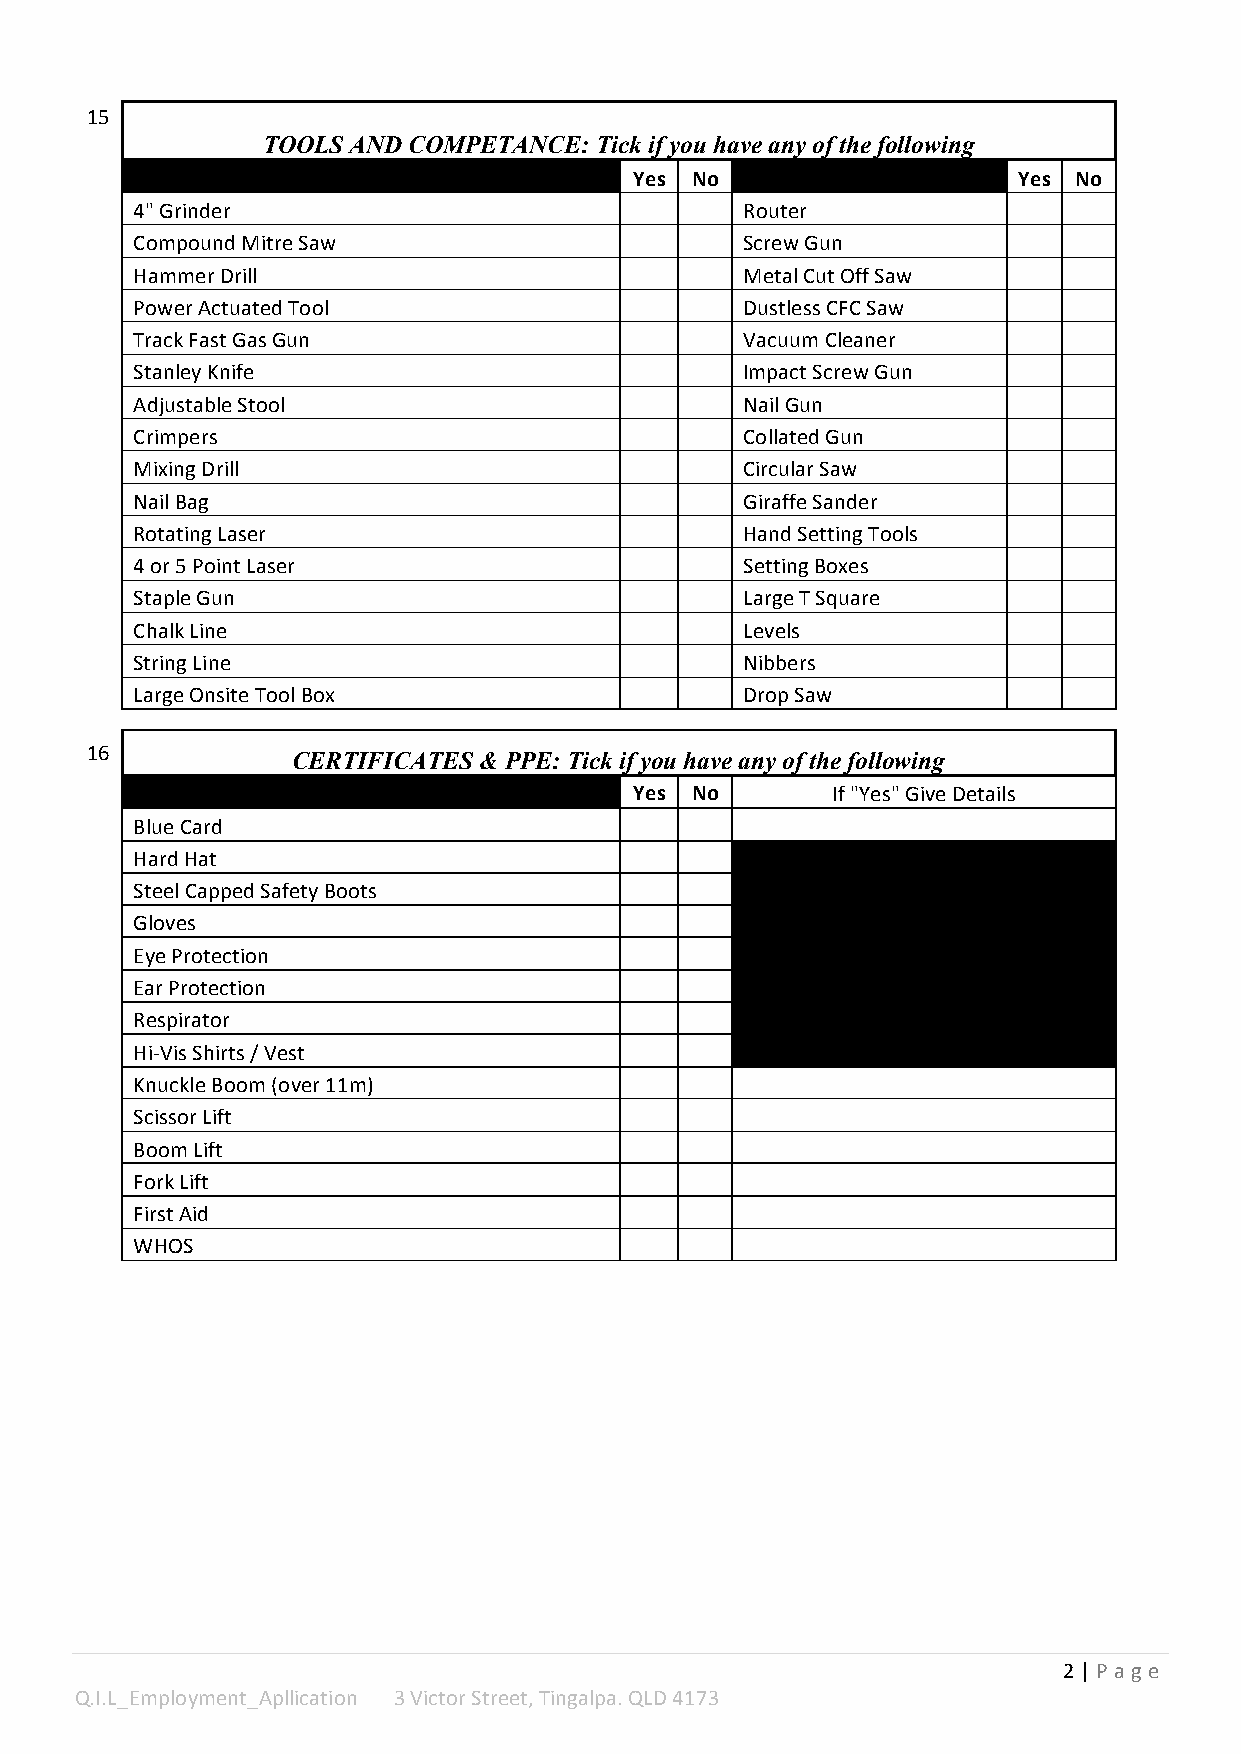
15
 TOOLS AND COMPETANCE: Tick if you have any of the following
 Yes No                   Yes No
 4" Grinder                              Router
 Compound Mitre Saw                      Screw Gun
 Hammer Drill                            Metal Cut Off Saw
 Power Actuated Tool                     Dustless CFC Saw
 Track Fast Gas Gun                      Vacuum Cleaner
 Stanley Knife                           Impact Screw Gun
 Adjustable Stool                        Nail Gun
 Crimpers                                Collated Gun
 Mixing Drill                            Circular Saw
 Nail Bag                                Giraffe Sander
 Rotating Laser                          Hand Setting Tools
 4 or 5 Point Laser                      Setting Boxes
 Staple Gun                              Large T Square
 Chalk Line                              Levels
 String Line                             Nibbers
 Large Onsite Tool Box                   Drop Saw
 16           CERTIFICATES & PPE: Tick if you have any of the following
 Yes No       If "Yes" Give Details
 Blue Card
 Hard Hat
 Steel Capped Safety Boots
 Gloves
 Eye Protection
 Ear Protection
 Respirator
 Hi-­‐Vis Shirts / Vest
 Knuckle Boom (over 11m)
 Scissor Lift
 Boom Lift
 Fork Lift
 First Aid
 WHOS
 2 | P a g e
 Q.I.L_Employment_Apllication 3 Victor Street, Tingalpa. QLD 4173